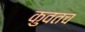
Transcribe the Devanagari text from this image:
कुवतच